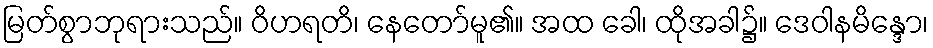
မြတ်စွာဘုရားသည်။ ဝိဟရတိ၊ နေတော်မူ၏။ အထ ခေါ၊ ထိုအခါ၌။ ဒေဝါနမိန္ဒော၊